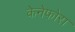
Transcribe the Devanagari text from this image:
केनेफोरा